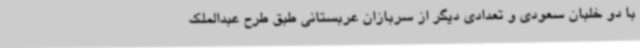
با دو خلبان سعودی و تعدادی دیگر از سربازان عربستانی طبق طرح عبدالملک